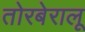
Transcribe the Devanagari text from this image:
तोरबेरालू